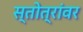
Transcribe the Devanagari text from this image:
स्तोत्रांवर